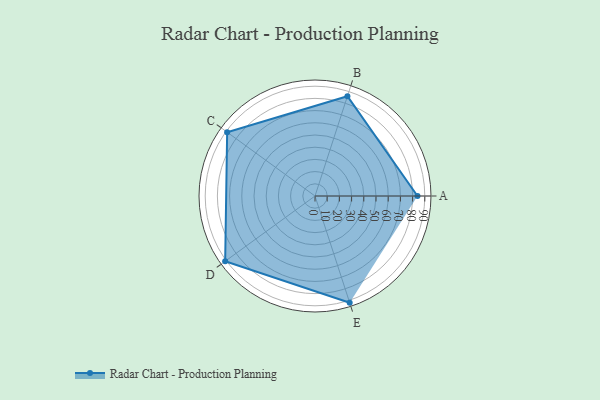
{"axis": {"x": "Skill", "y": "Score"}, "legend": ["Profile"], "data": [{"x": "A", "y": 84.0, "type": "Profile"}, {"x": "B", "y": 86.0, "type": "Profile"}, {"x": "C", "y": 89.0, "type": "Profile"}, {"x": "D", "y": 91.0, "type": "Profile"}, {"x": "E", "y": 92.0, "type": "Profile"}]}